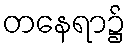
တနေရာ၌